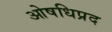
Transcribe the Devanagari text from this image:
ओषधिप्रद